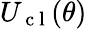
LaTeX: U_{\mathrm{~c~l~}}(\theta)